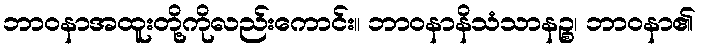
ဘာဝနာအထူးတို့ကိုလည်းကောင်း။ ဘာဝနာနိသံသာနဉ္စ၊ ဘာဝနာ၏